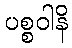
ပစ္စဝါနိ